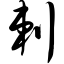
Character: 剌